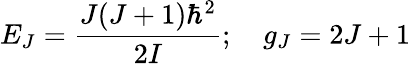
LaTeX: E_{J}={\frac{J(J+1)\hbar^{2}}{2I}};\quad g_{J}=2J+1